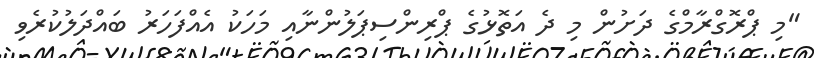
"މި ޕްރޮގްރާމްގެ ދަށުން މި ދެ އަތޮޅުގެ ޕްރިންސިޕަލުންނާއި މަހަކު އެއްފަހަރު ބައްދަލުކުރެވި